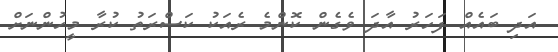
އަދި ބައެއް ފަހަރު އާދަ ވެގެން ކޮންމެ ރެއަކު ކަސްރަތު ކުރާ މީހުންނަށް